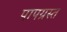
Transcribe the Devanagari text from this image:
पापग्रस्त